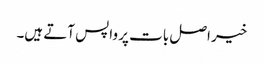
خیر اصل بات پر واپس آتے ہیں۔